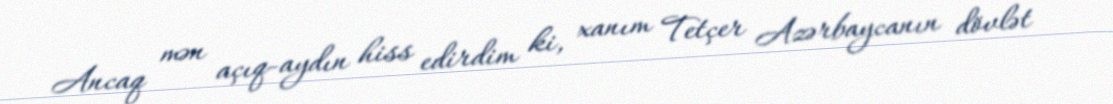
Ancaq mən açıq-aydın hiss edirdim ki, xanım Tetçer Azərbaycanın dövlət